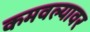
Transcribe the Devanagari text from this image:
कमवल्यावर